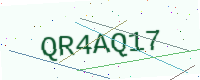
Text: QR4AQ17